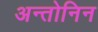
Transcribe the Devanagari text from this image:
अन्तोनिन